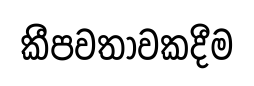
කීපවතාවකදීම